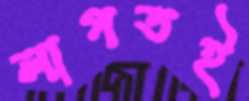
লাগতই